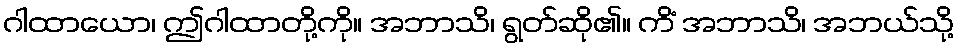
ဂါထာယော၊ ဤဂါထာတို့ကို။ အဘာသိ၊ ရွတ်ဆို၏။ ကိံ အဘာသိ၊ အဘယ်သို့